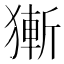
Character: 獑